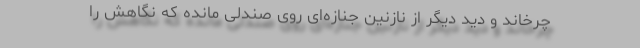
چرخاند و دید دیگر از نازنین جنازه‌ای روی صندلی مانده که نگاهش را